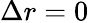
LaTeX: \Delta r=0